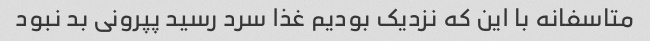
متاسفانه با این که نزدیک بودیم غذا سرد رسید پپرونی بد نبود